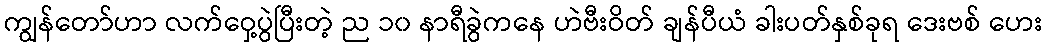
ကျွန်တော်ဟာ လက်ဝှေ့ပွဲပြီးတဲ့ ည ၁၀ နာရီခွဲကနေ ဟဲဗီးဝိတ် ချန်ပီယံ ခါးပတ်နှစ်ခုရ ဒေးဗစ် ဟေး